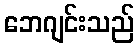
ဘေဂျင်းသည်